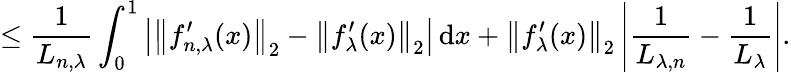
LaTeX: \leq\frac{1}{L_{n,\lambda}}\int_{0}^{1}\left|\left\| f_{n,\lambda}^{\prime}(x)\right\| _{2}-\left\| f_{\lambda}^{\prime}(x)\right\| _{2}\right|\, \mathrm{d}x+\left\| f_{\lambda}^{\prime}(x)\right\| _{2}\left|\frac{1}{L_{\lambda,n}}-\frac{1}{L_{\lambda}}\right|.